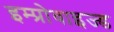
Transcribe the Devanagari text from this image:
इम्प्रोवाइज्ड